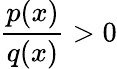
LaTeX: {\frac{p(x)}{q(x)}}>0